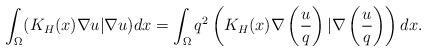
LaTeX: \begin{align*}\int_{\Omega}(K_H(x)\nabla u|\nabla u)dx=\int_{\Omega}q^2\left(K_H(x)\nabla \left( \frac{u}{q}\right) |\nabla \left( \frac{u}{q}\right) \right)dx.\end{align*}